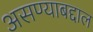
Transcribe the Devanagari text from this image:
असण्याबद्दाल